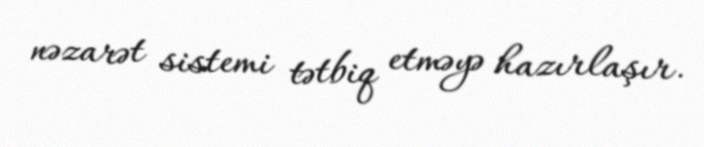
nəzarət sistemi tətbiq etməyə hazırlaşır.